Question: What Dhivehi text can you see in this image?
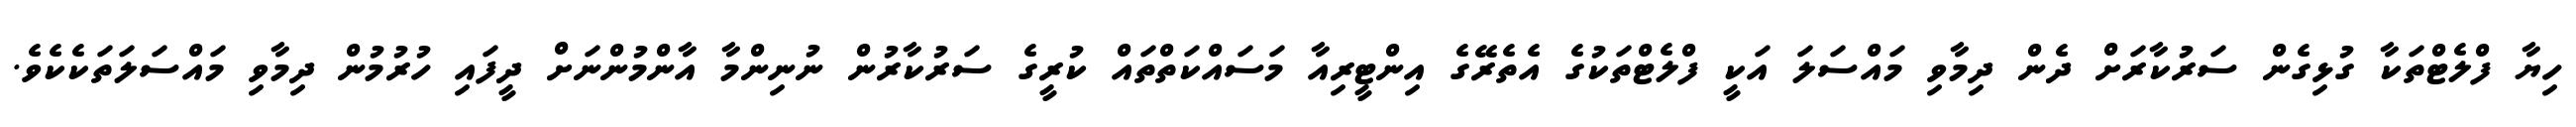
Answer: ހިޔާ ފްލެޓްތަކާ ގުޅިގެން ސަރުކާރަށް ދެން ދިމާވި މައްސަލަ އަކީ ފްލެޓްތަކުގެ އެތެރޭގެ އިންޓީރިއާ މަސައްކަތްތައް ކުރީގެ ސަރުކާރުން ނުނިންމާ އާންމުންނަށް ދީފައި ހުރުމުން ދިމާވި މައްސަލަތަކެކެވެ.